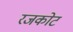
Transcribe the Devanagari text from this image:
रजकोट